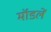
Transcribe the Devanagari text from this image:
मॉडलें